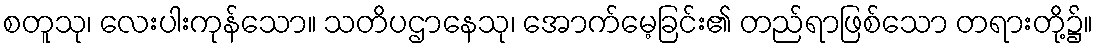
စတူသု၊ လေးပါးကုန်သော။ သတိပဌာနေသု၊ အောက်မေ့ခြင်း၏ တည်ရာဖြစ်သော တရားတို့၌။